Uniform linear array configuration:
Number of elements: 4
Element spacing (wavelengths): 0.75
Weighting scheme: uniform
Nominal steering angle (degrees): -15
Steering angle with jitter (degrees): -14.242
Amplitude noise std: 0.05
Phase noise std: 0.05

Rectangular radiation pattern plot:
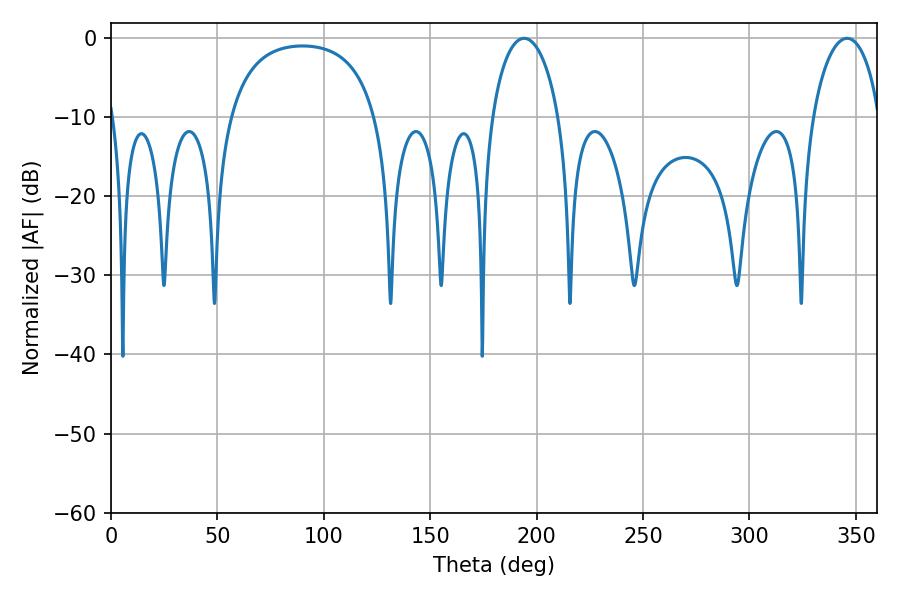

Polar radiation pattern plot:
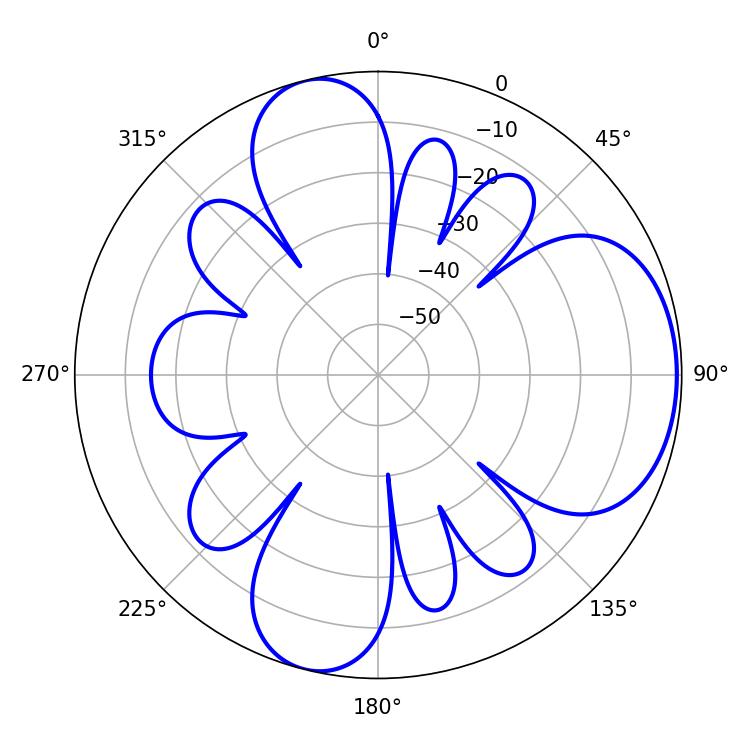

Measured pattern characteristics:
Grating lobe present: TRUE
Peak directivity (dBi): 6.536
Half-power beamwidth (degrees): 18.18
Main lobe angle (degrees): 194.04